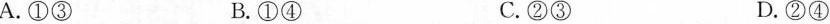
A.①③ B.①④ C.②③ D.②④